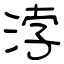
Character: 浡